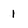
Character: 1